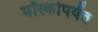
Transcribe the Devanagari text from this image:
मॉस्कोपर्यंत